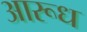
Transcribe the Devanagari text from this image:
आरूध